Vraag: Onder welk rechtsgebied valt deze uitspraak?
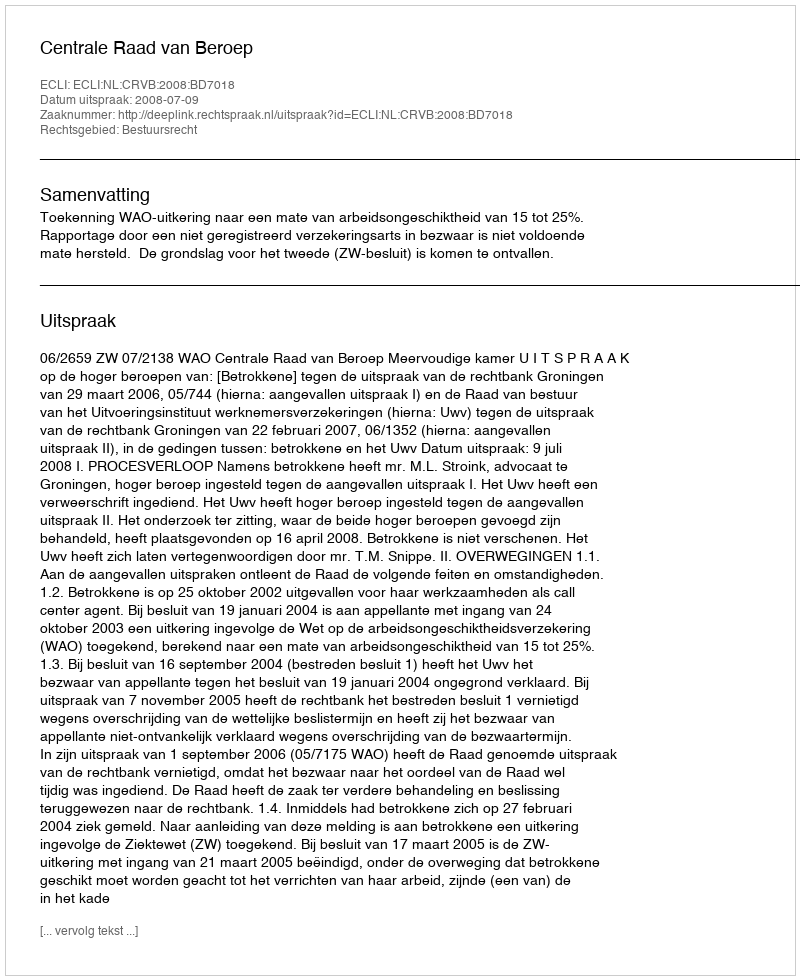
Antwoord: Bestuursrecht